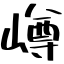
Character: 嶟